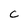
Character: C